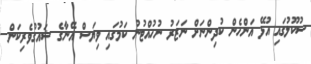
ސުކޫލުގައި އުޅޭ އަންހެން ކުދިންނަށް ނަޒަރު ނުހުއްޓުނު ކަމުގައި ވިޔަސް އޭނާގެ ޝައުގުވެރިކަން